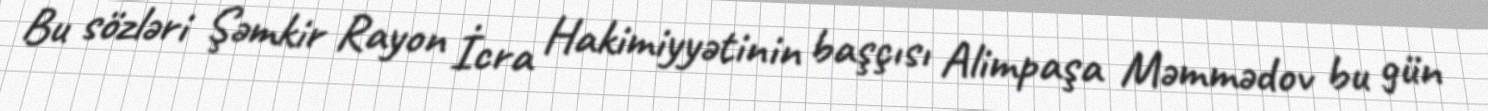
Bu sözləri Şəmkir Rayon İcra Hakimiyyətinin başçısı Alimpaşa Məmmədov bu gün